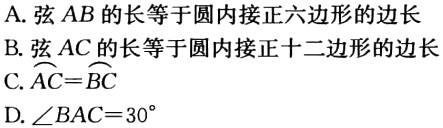
A. 弦\(AB\)的长等于圆内接正六边形的边长

B. 弦\(AC\)的长等于圆内接正十二边形的边长

C. \(\overset{\frown}{AC}=\overset{\frown}{BC}\)

D. \(\angle BAC = 30^{\circ}\)